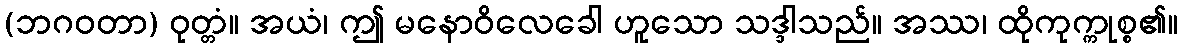
(ဘဂဝတာ) ဝုတ္တံ။ အယံ၊ ဤ မနောဝိလေခေါ ဟူသော သဒ္ဒါသည်။ အဿ၊ ထိုကုက္ကုစ္စ၏။